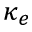
\kappa _ { e }